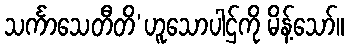
သင်္ကာသေတီတိ’ဟူသောပါဌ်ကို မိန့်သော်။